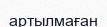
артылмаған